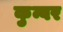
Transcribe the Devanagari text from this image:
कुन्वर